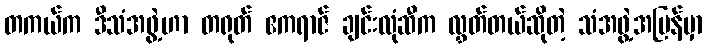
တကယ်က ဒီသံအဖွဲ့ဟာ တရုတ် ဧကရာဇ် ချင်းလုံဆီက လွှတ်တယ်ဆိုတဲ့ သံအဖွဲ့အပြန်မှာ